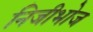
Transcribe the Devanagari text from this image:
निजीभोज